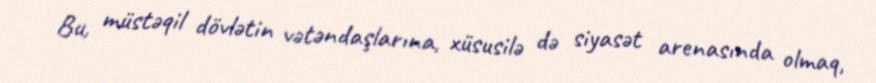
Bu, müstəqil dövlətin vətəndaşlarına, xüsusilə də siyasət arenasında olmaq,